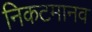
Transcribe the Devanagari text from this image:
निकटमानव